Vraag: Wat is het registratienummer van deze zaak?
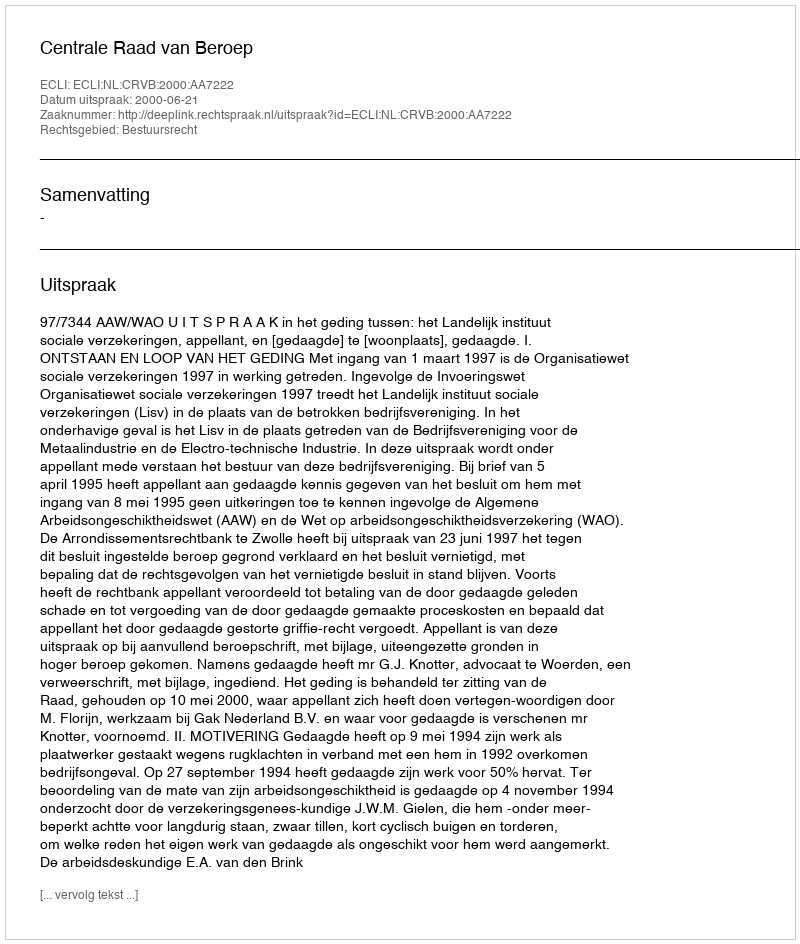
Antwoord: http://deeplink.rechtspraak.nl/uitspraak?id=ECLI:NL:CRVB:2000:AA7222